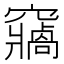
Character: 𥨷